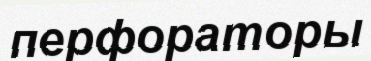
перфораторы